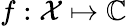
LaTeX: f:\mathcal X\mapsto\mathbb C